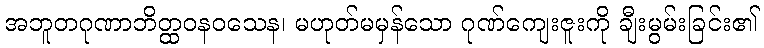
အဘူတဂုဏာဘိတ္ထဝနဝသေန၊ မဟုတ်မမှန်သော ဂုဏ်ကျေးဇူးကို ချီးမွမ်းခြင်း၏